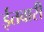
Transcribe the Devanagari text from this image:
ईतवारी